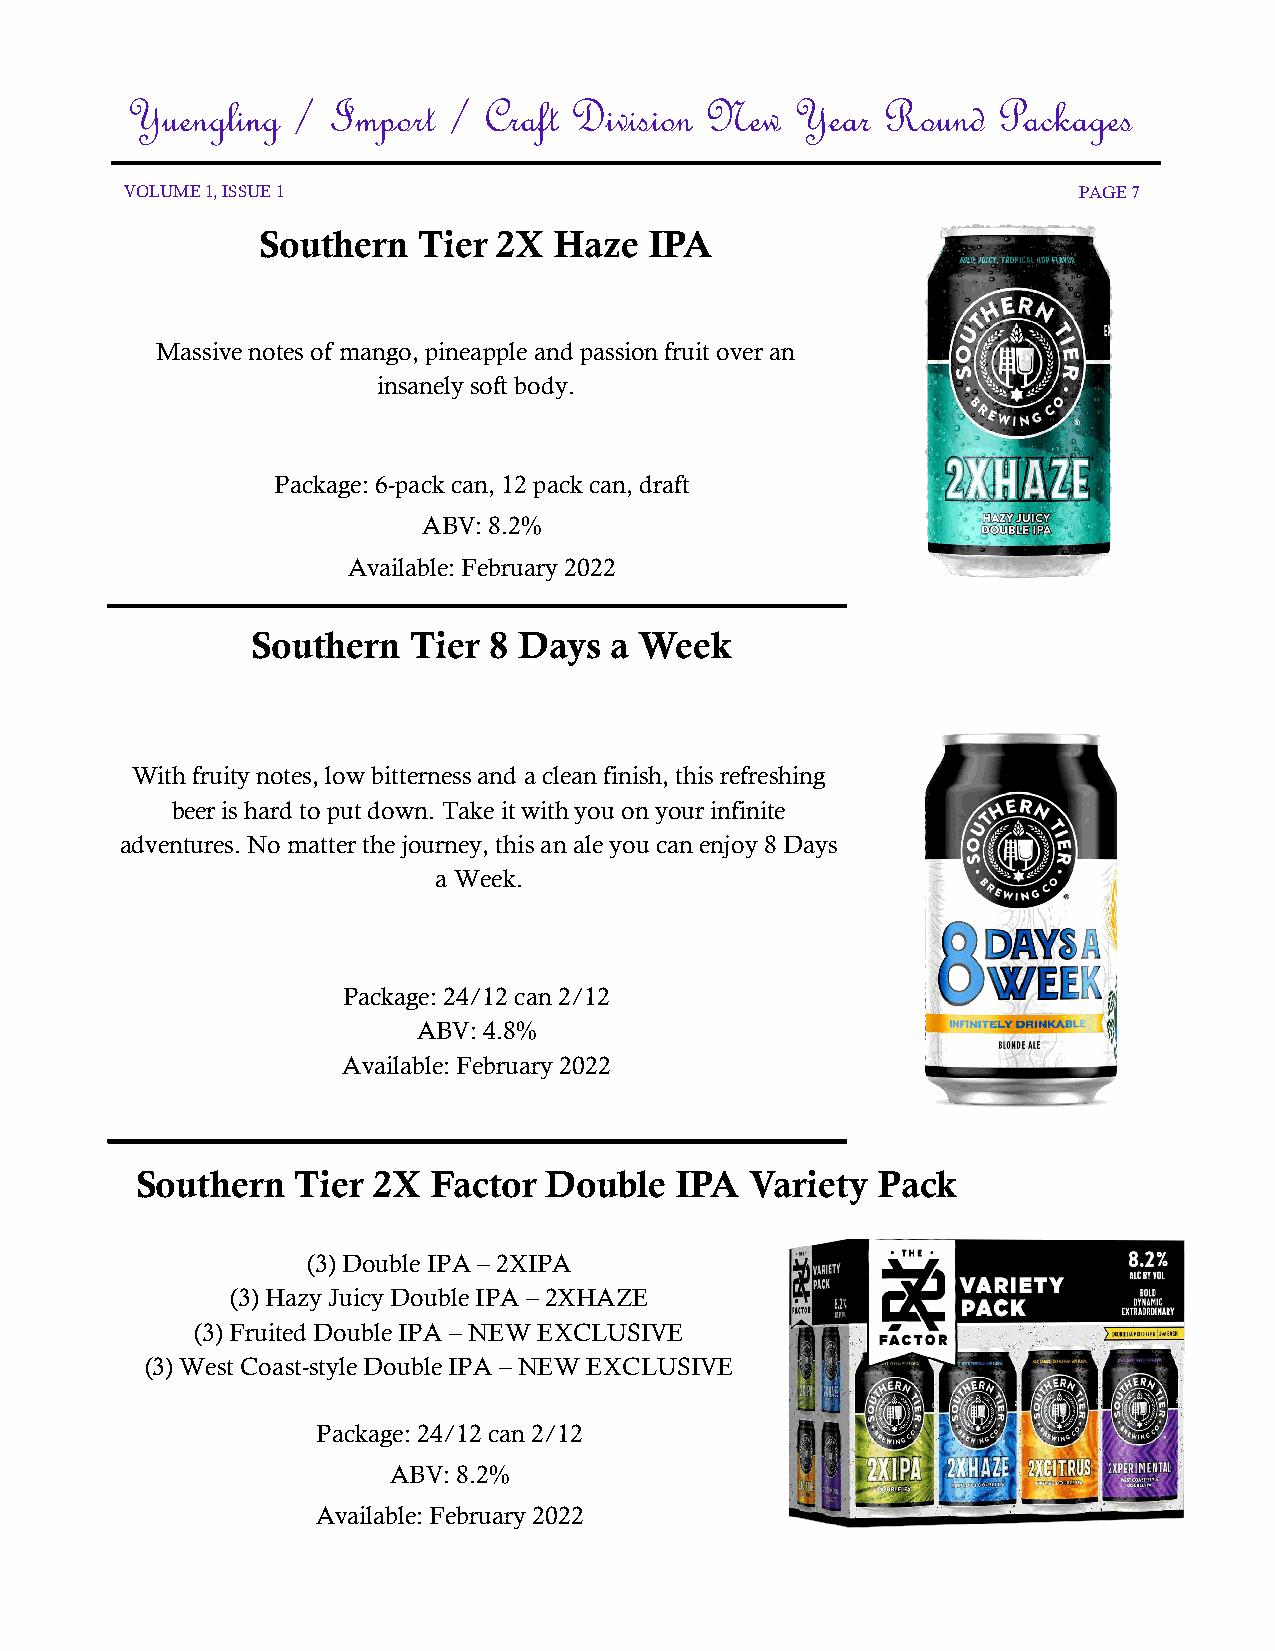
Yuengling  /  Import  / Craft Division New   Year Round   Packages
 VOLUME 1, ISSUE 1                                              PAGE 7
 Southern   Tier 2X  Haze  IPA
 Massive notes of mango, pineapple and passion fruit over an
 insanely soft body.
 Package: 6-pack can, 12 pack can, draft
 ABV: 8.2%
 Available: February 2022
 Southern  Tier 8 Days  a Week
 With fruity notes, low bitterness and a clean finish, this refreshing
 beer is hard to put down. Take it with you on your infinite
 adventures. No matter the journey, this an ale you can enjoy 8 Days
 a Week.
 Package: 24/12 can 2/12
 ABV: 4.8%
 Available: February 2022
 Southern   Tier 2X  Factor Double   IPA  Variety Pack
 (3) Double IPA – 2XIPA
 (3) Hazy Juicy Double IPA – 2XHAZE
 (3) Fruited Double IPA – NEW EXCLUSIVE
 (3) West Coast-style Double IPA – NEW EXCLUSIVE
 Package: 24/12 can 2/12
 ABV: 8.2%
 Available: February 2022